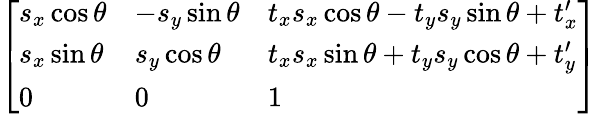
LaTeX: \left[\begin{array}{lll}{s_{x}\cos\theta}&{-s_{y}\sin\theta}&{t_{x}s_{x}\cos\theta-t_{y}s_{y}\sin\theta+t_{x}^{\prime}}\\ {s_{x}\sin\theta}&{s_{y}\cos\theta}&{t_{x}s_{x}\sin\theta+t_{y}s_{y}\cos\theta+t_{y}^{\prime}}\\ {0}&{0}&{1}\end{array}\right]